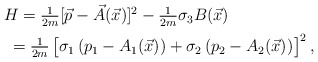
\begin{align*}\begin{array}{c}H=\frac{1}{2m}[\vec{p}-\vec{A}(\vec{x})]^{2}-\frac{1}{2m}\sigma_{3}B(\vec{x})\hspace{1.4cm}\vspace{0.2cm}\\*\hspace{1cm}=\frac{1}{2m}\left[\sigma_{1}\left(p_{1}-A_{1}(\vec{x})\right)+\sigma_{2}\left(p_{2}-A_{2}(\vec{x})\right)\!\frac{}{}\!\right]^{2},\end{array}\end{align*}